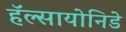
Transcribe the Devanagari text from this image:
हॅल्सायोनिडे